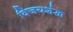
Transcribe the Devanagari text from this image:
विजयशंख